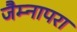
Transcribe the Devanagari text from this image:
जैम्नापरा